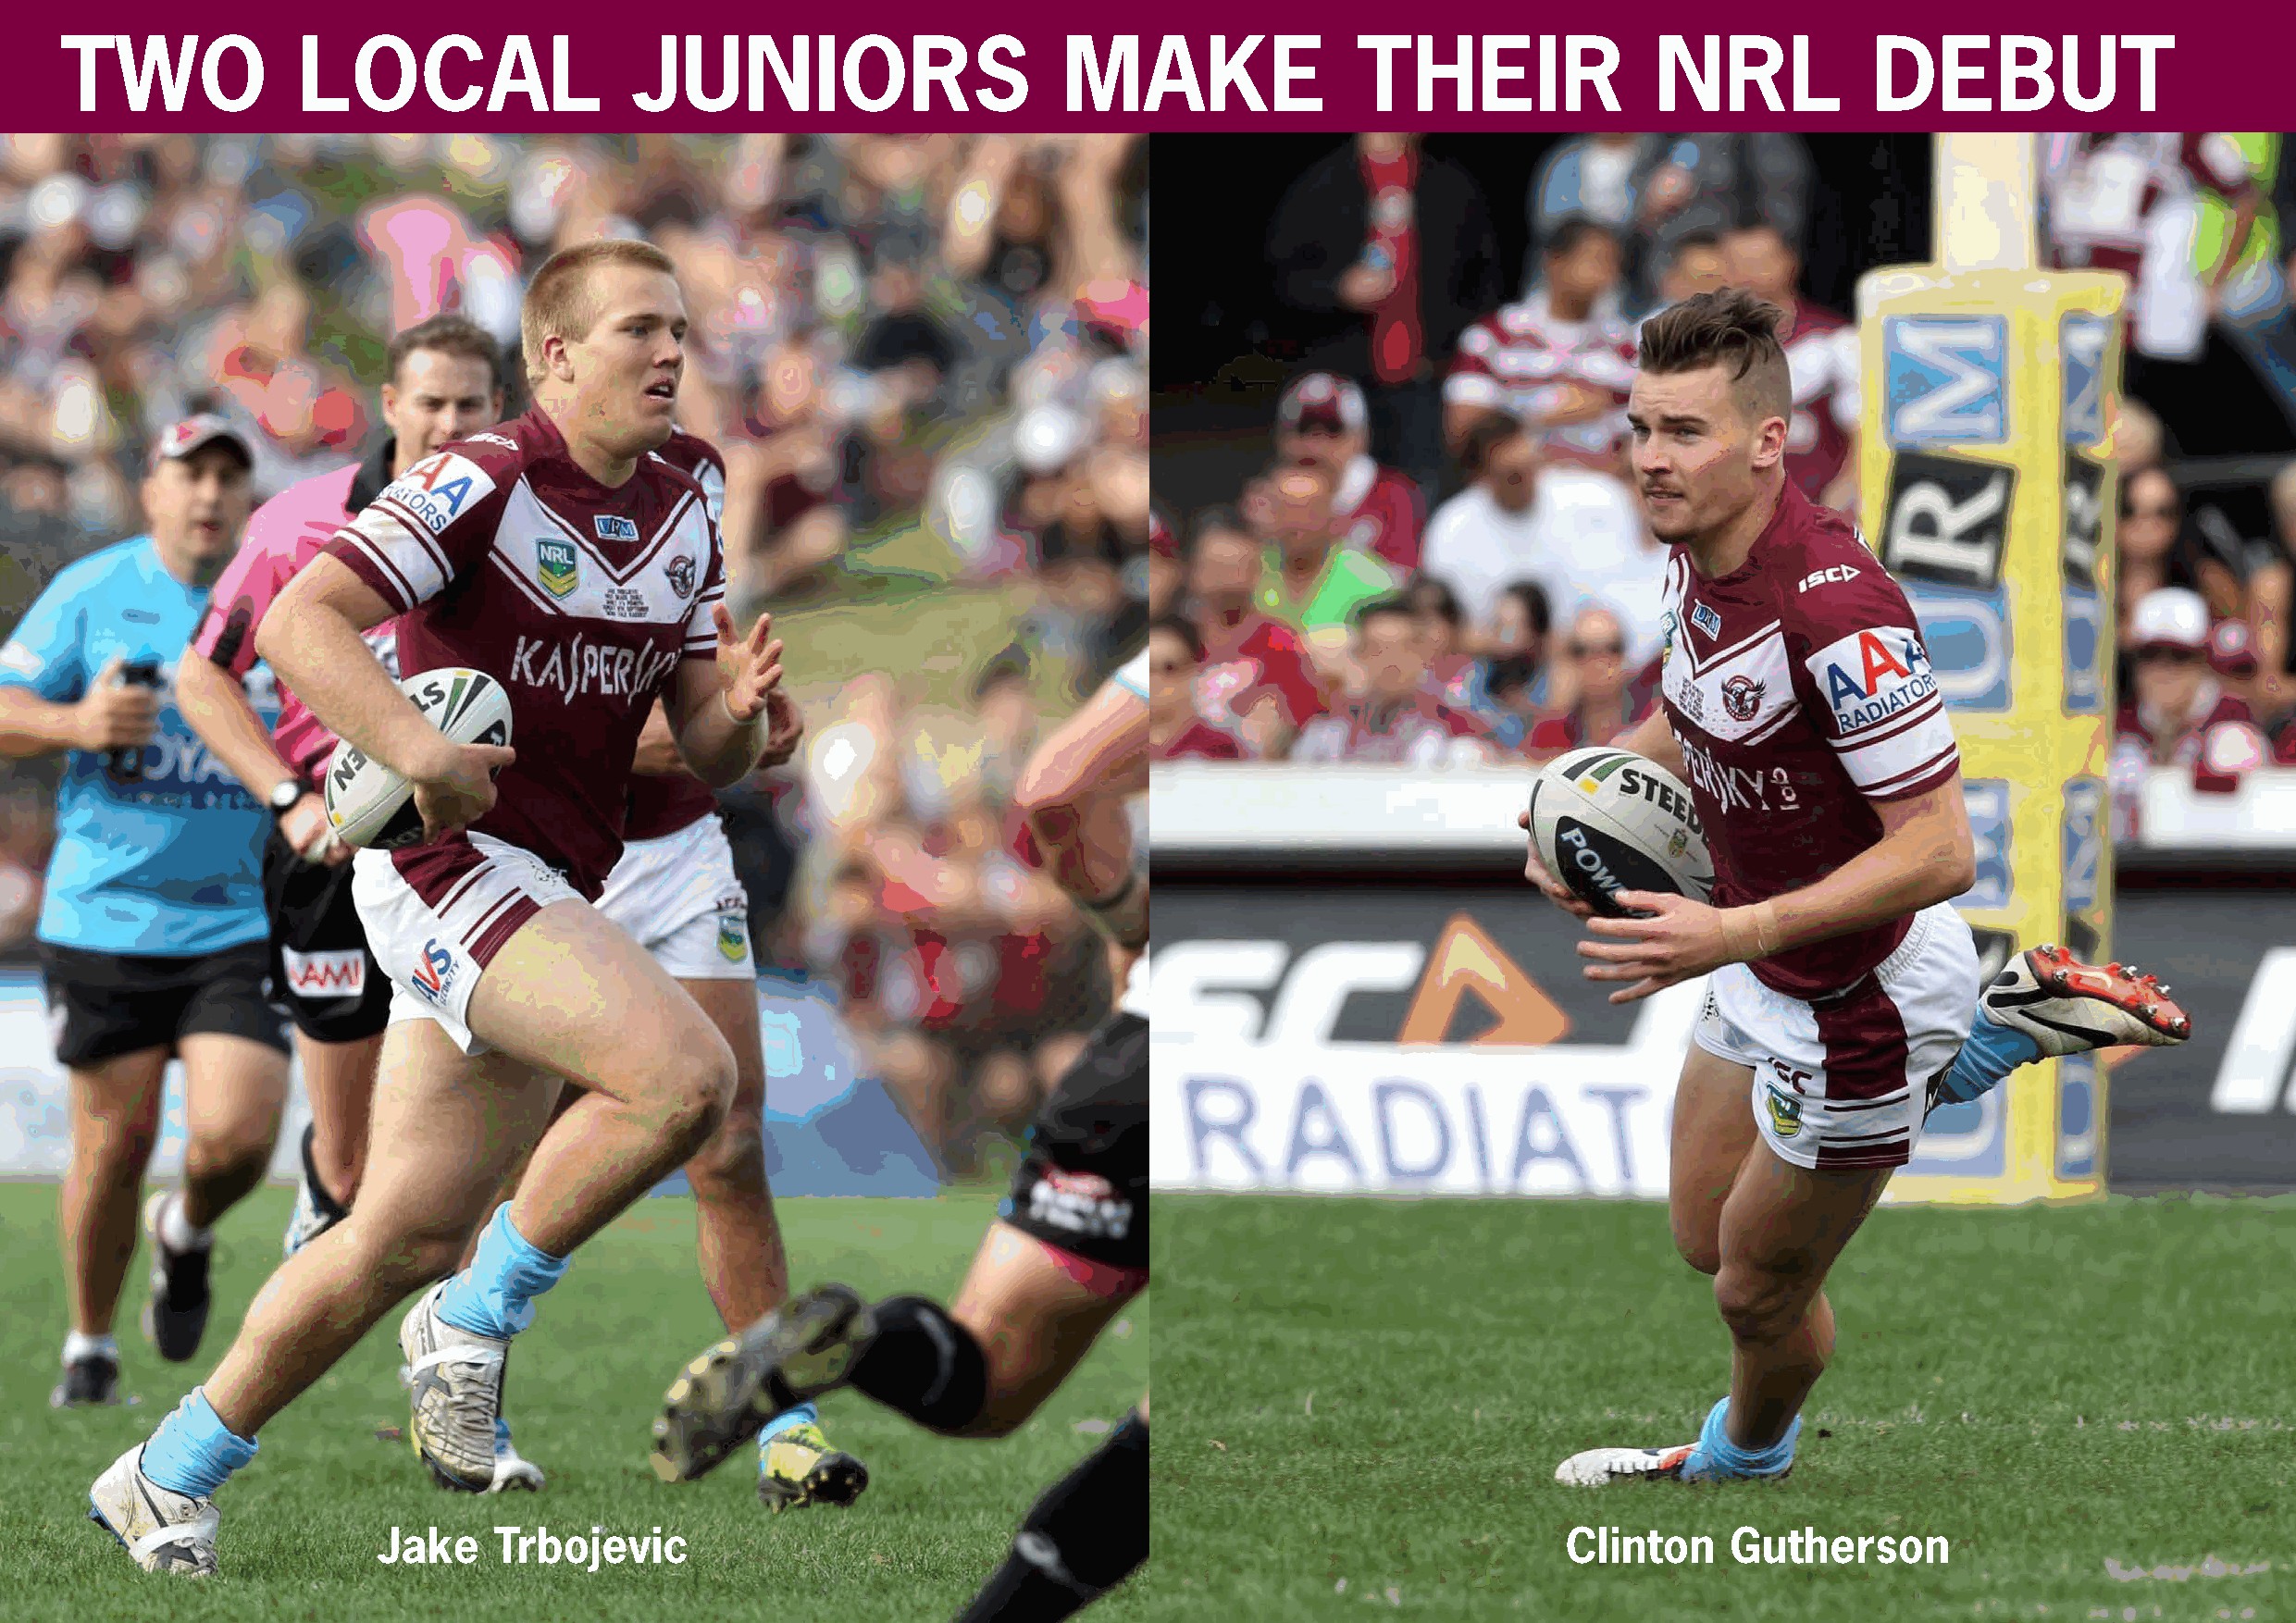
TWO              LOCAL                   JUNIORS                        MAKE                 THEIR                NRL             DEBUT
 MW
 FOOTBALL   CLUB
 Est. 1947
 Jake    Trbojevic                                                                    Clinton     Guther    son
 MANLY-WARRINGAH RUGBY LEAGUE FOOTBALL CLUB LIMITED ANNUAL REPORT 2013
 15